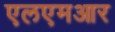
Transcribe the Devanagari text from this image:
एलएमआर